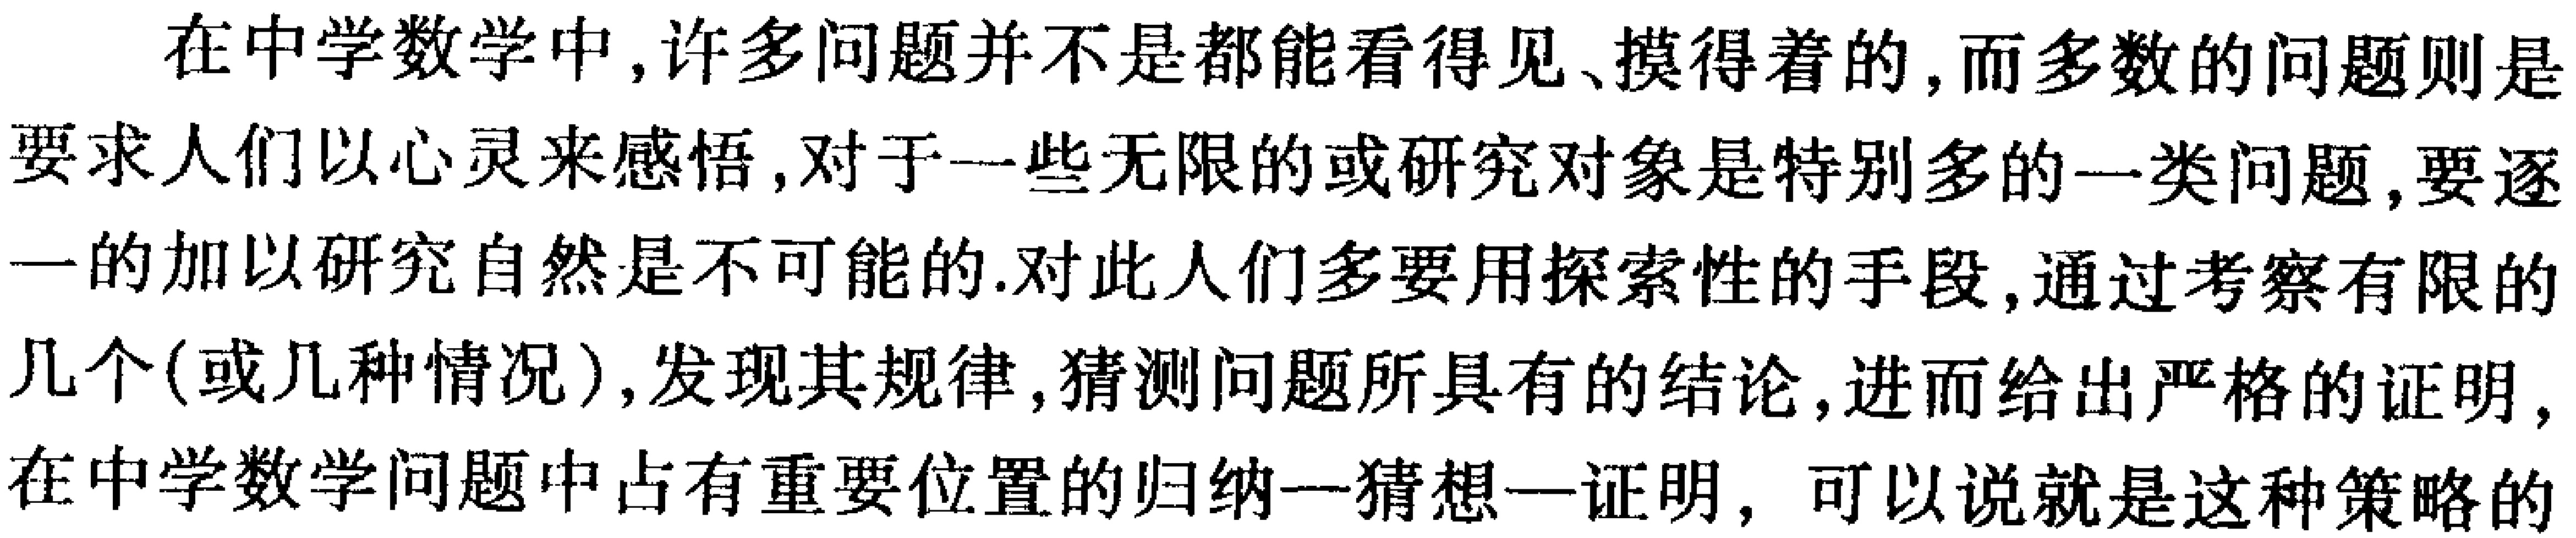
在中学数学中,许多问题并不是都能看得见、摸得着的,而多数的问题则是要求人们以心灵来感悟,对于一些无限的或研究对象是特别多的一类问题,要逐一的加以研究自然是不可能的.对此人们多要用探索性的手段,通过考察有限的几个(或几种情况),发现其规律,猜测问题所具有的结论,进而给出严格的证明,在中学数学问题中占有重要位置的归纳—猜想—证明, 可以说就是这种策略的